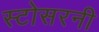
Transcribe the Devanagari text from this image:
स्टोसरनी